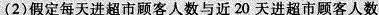
(2)假定每天进超市顾客人数与近20天进超市顾客人数